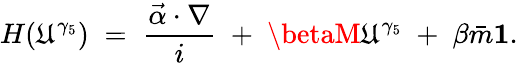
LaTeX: H(\mathfrak{U}^{\gamma_{5}})\; =\; \frac{{\vec{{\alpha}}\cdot\nabla}}{{i}}\; +\; \betaM\mathfrak{U}^{\gamma_{5}}\; +\; \beta\bar{{m}}{\mathbf{1}}.